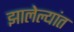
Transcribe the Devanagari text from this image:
झालेल्यांत